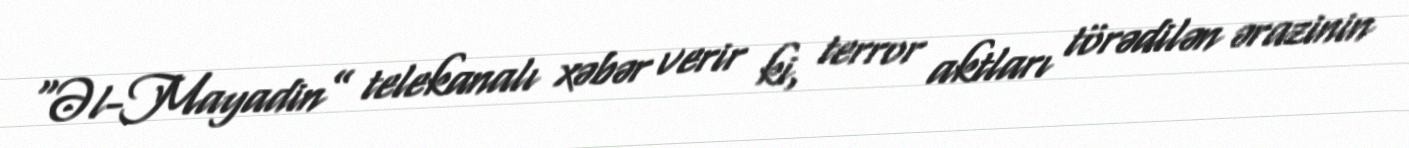
“Əl-Mayadin” telekanalı xəbər verir ki, terror aktları törədilən ərazinin